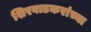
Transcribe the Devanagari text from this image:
शिरवाडकरांच्या